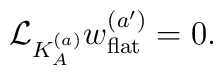
{\cal L}_{K_A^{(a)}}w^{(a')}_{\rm flat}=0.